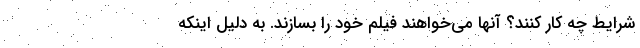
شرایط چه کار کنند؟ آنها می‌خواهند فیلم خود را بسازند. به دلیل اینکه